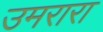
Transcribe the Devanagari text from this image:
उमरारा